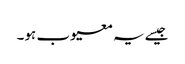
جیسے یہ معیوب ہو۔